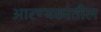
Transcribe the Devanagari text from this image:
आरण्यकांतील